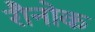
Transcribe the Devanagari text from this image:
रौनोक